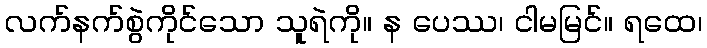
လက်နက်စွဲကိုင်သော သူရဲကို။ န ပေဿ၊ ငါမမြင်။ ရထေ၊